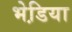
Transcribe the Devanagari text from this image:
भेडि़या